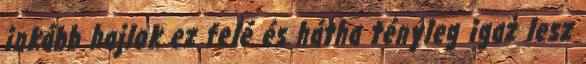
inkább hajlok ez felé és hátha tényleg igaz lesz